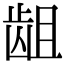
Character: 龃